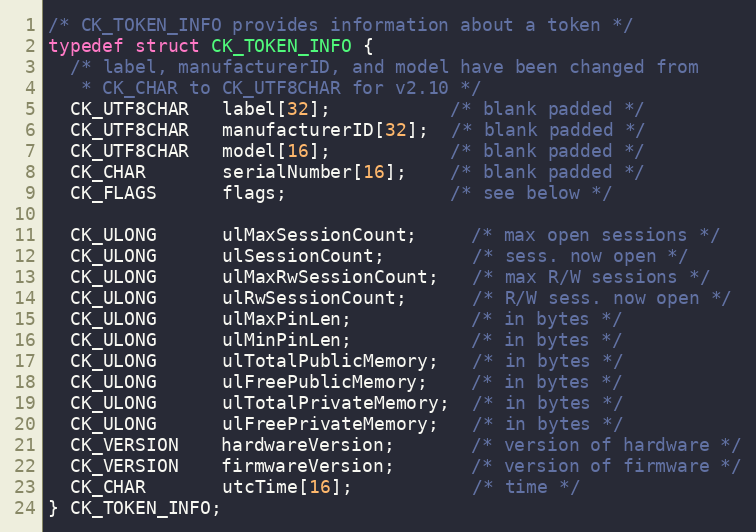
Language: C
/* CK_TOKEN_INFO provides information about a token */
typedef struct CK_TOKEN_INFO {
  /* label, manufacturerID, and model have been changed from
   * CK_CHAR to CK_UTF8CHAR for v2.10 */
  CK_UTF8CHAR   label[32];           /* blank padded */
  CK_UTF8CHAR   manufacturerID[32];  /* blank padded */
  CK_UTF8CHAR   model[16];           /* blank padded */
  CK_CHAR       serialNumber[16];    /* blank padded */
  CK_FLAGS      flags;               /* see below */

  CK_ULONG      ulMaxSessionCount;     /* max open sessions */
  CK_ULONG      ulSessionCount;        /* sess. now open */
  CK_ULONG      ulMaxRwSessionCount;   /* max R/W sessions */
  CK_ULONG      ulRwSessionCount;      /* R/W sess. now open */
  CK_ULONG      ulMaxPinLen;           /* in bytes */
  CK_ULONG      ulMinPinLen;           /* in bytes */
  CK_ULONG      ulTotalPublicMemory;   /* in bytes */
  CK_ULONG      ulFreePublicMemory;    /* in bytes */
  CK_ULONG      ulTotalPrivateMemory;  /* in bytes */
  CK_ULONG      ulFreePrivateMemory;   /* in bytes */
  CK_VERSION    hardwareVersion;       /* version of hardware */
  CK_VERSION    firmwareVersion;       /* version of firmware */
  CK_CHAR       utcTime[16];           /* time */
} CK_TOKEN_INFO;